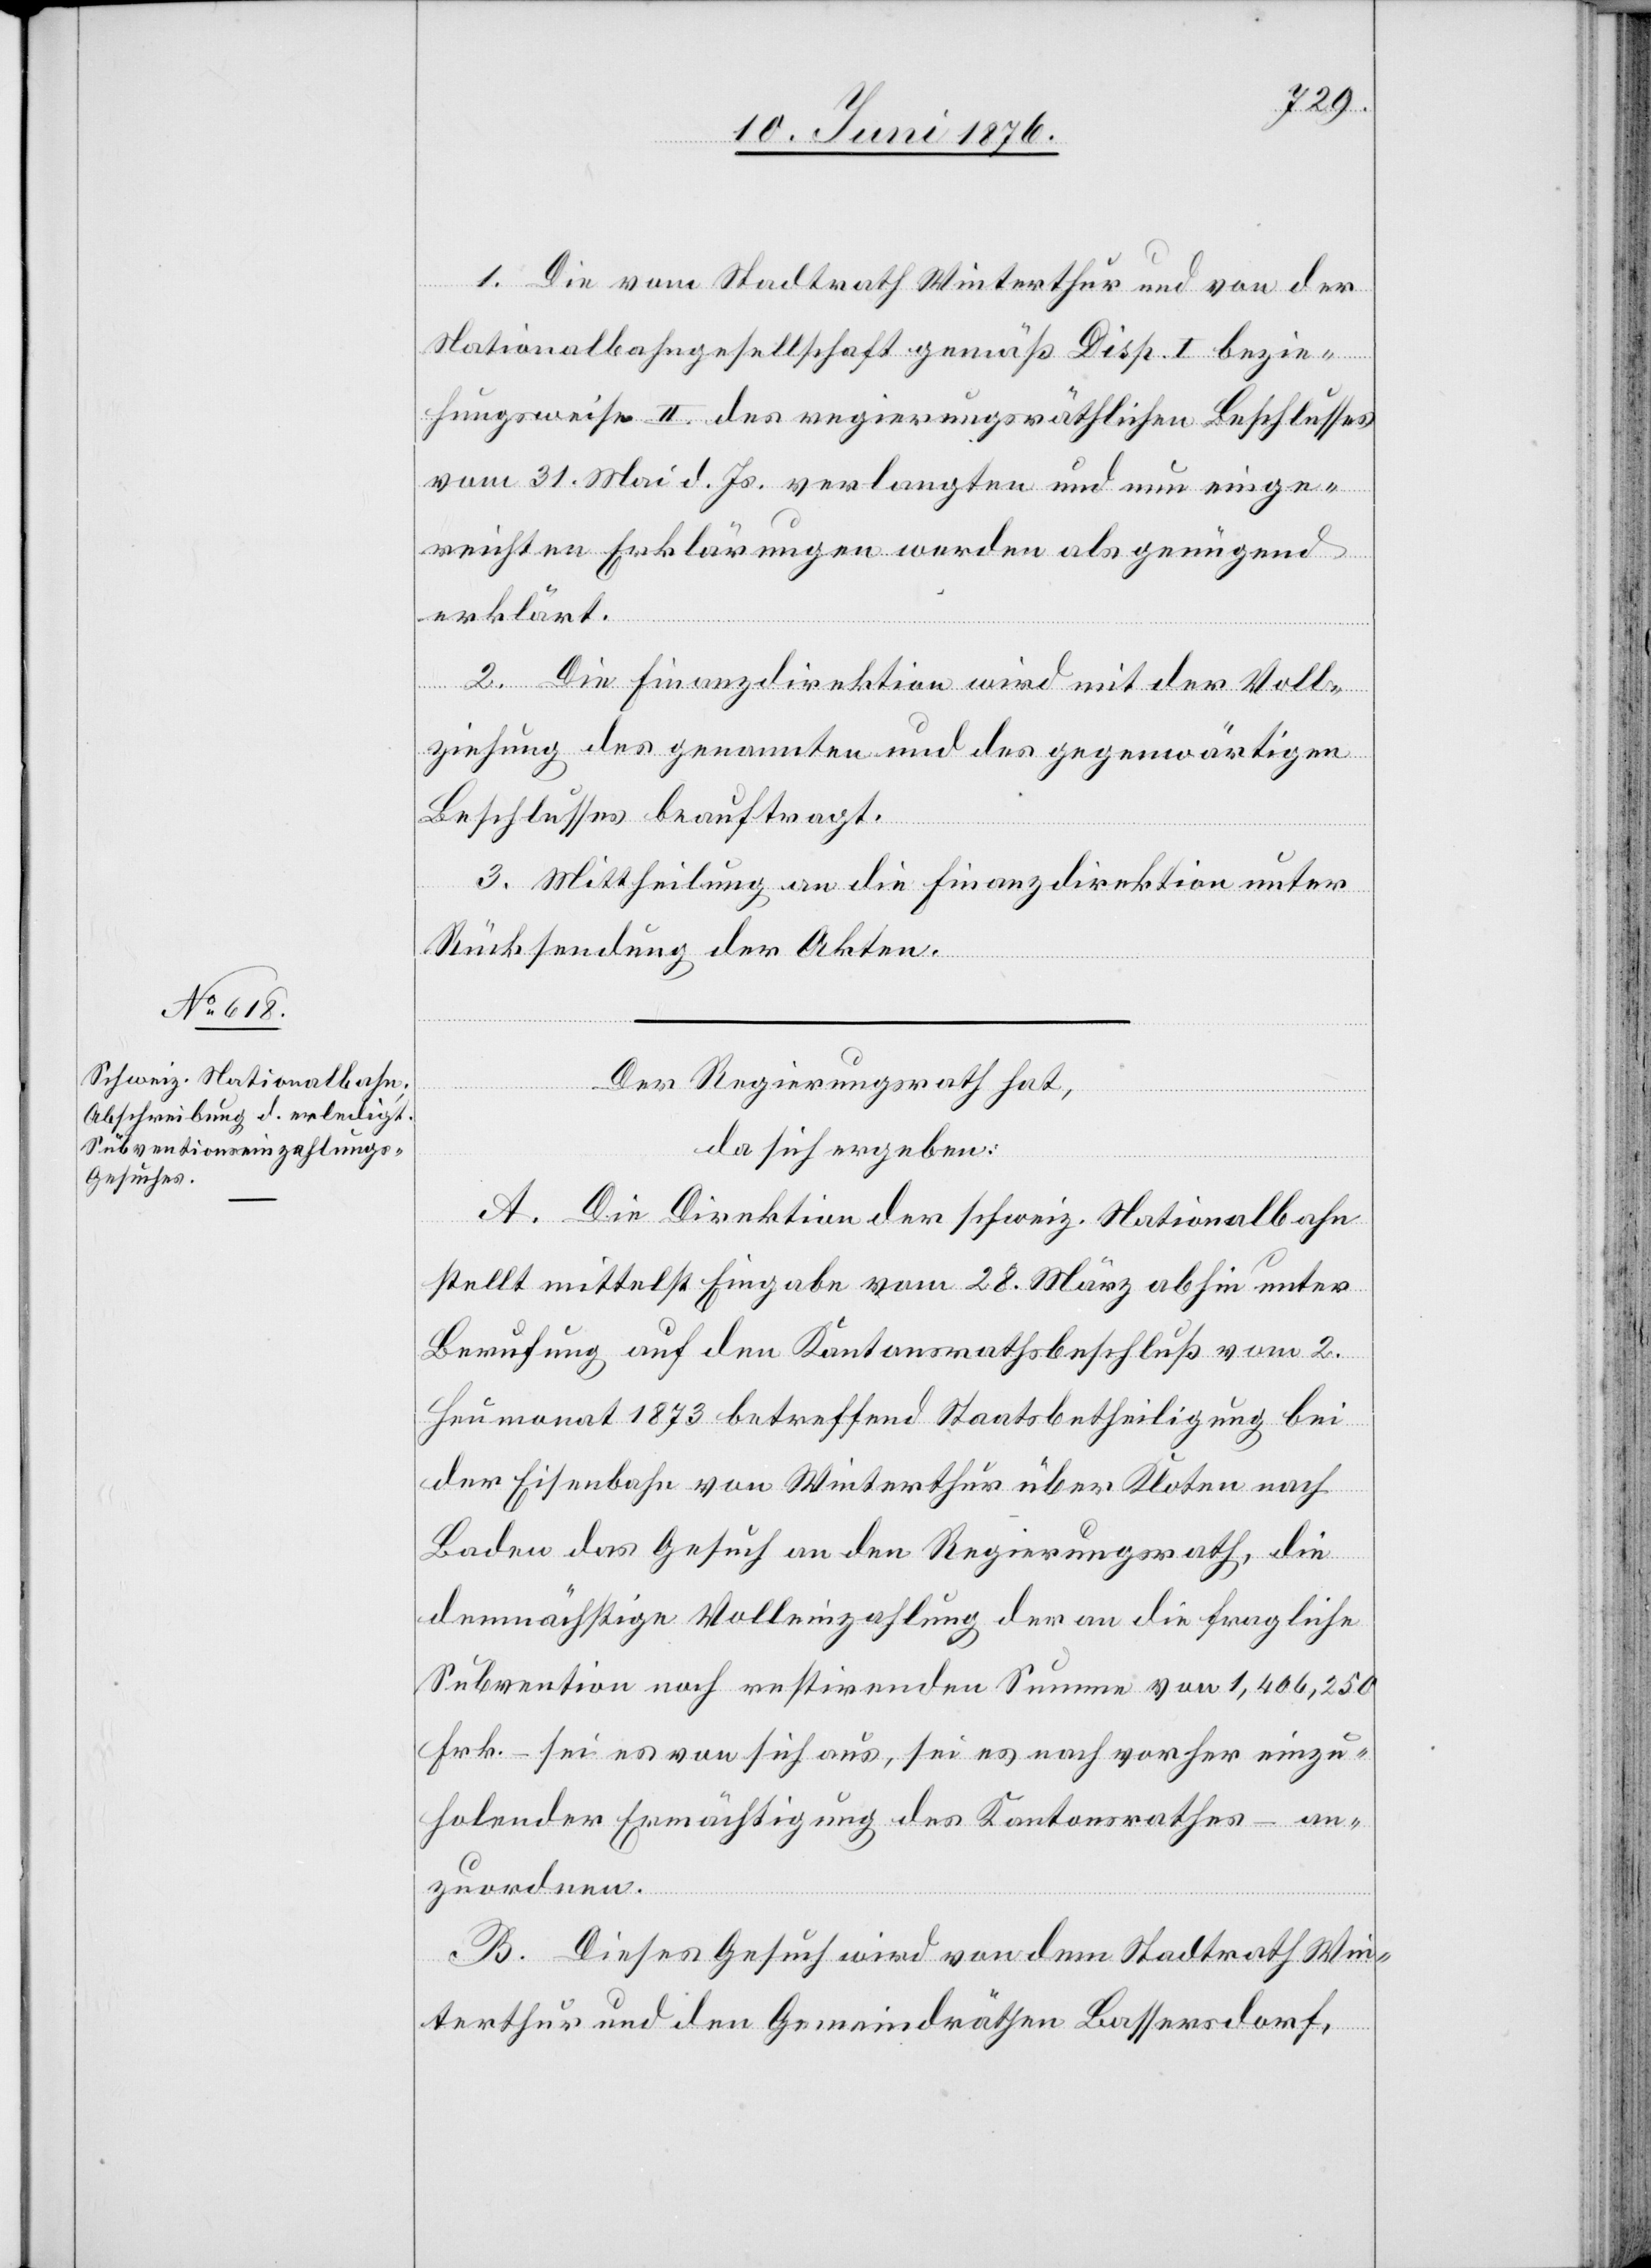
1. Die vom Stadtrath Winterthur und von der
Nationalbahngesellschaft gemäß Disp. I. bezie¬
hungsweise II. des regierungsräthlichen Beschlusses
vom 31. Mai d. Js. verlangten und nun einge¬
reichten Erklärungen werden als genügend
erklärt.
2. Die Finanzdirektion wird mit der Voll¬
ziehung des genannten und es gegenwärtigen
Beschlusses beauftragt.
3. Mittheilung an die Finanzdirektion unter
Rücksendung der Akten.
Der Regierungsrath hat,
da sich ergeben:
A. Die Direktion der schweiz. Nationalbahn
stellt mittelst Eingabe vom 28. März abhin unter
Berufung auf den Kantonsrathsbeschluß vom 2.
Heumonat 1873 betreffend Staatsbetheiligung bei
der Eisenbahn von Winterthur über Kloten nach
Baden das Gesuch an den Regierungsrath, die
demnächstige Volleinzahlung der an die fragliche
Subvention noch restirenden Summe von 1,406,250
Frk. – sei es von sich aus, sei es nach vorher einzu¬
holender Ermächtigung des Kantonsrathes – an¬
zuordnen.
B. Dieses Gesuch wird von dem Stadtrath Win¬
terthur und den Gemeindräthen Bassersdorf,